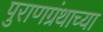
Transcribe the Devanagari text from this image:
पुराणग्रंथाच्या